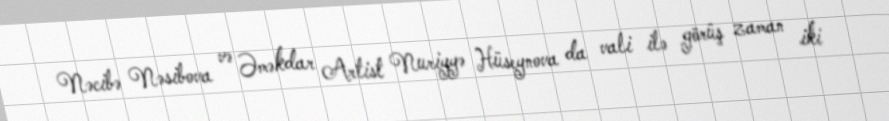
Nəcibə Nəsibova və Əməkdar Artist Nuriyyə Hüseynova da vali ilə görüş zaman iki